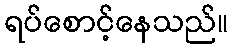
ရပ်စောင့်နေသည်။